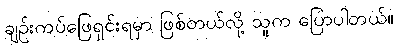
ချဉ်းကပ်ဖြေရှင်းရမှာ ဖြစ်တယ်လို့ သူက ပြောပါတယ်။